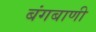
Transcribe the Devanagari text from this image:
बंगबाणी